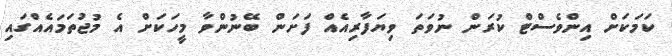
ކަމަކަށް އިންވެސްޓް ކުރަން ނުވަތަ ވިޔަފާރިއެއް ފަށަން ބޭނުންވާ މީހަކަށް އެ މުޖުތަމައެއްގައި